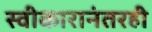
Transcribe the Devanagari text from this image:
स्वीकारानंतरही